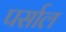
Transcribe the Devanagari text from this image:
पर्साल